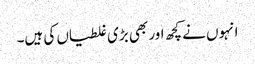
انہوں نے کچھ اور بھی بڑی غلطیاں کی ہیں۔